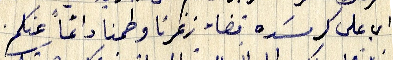
اي على كرمسَده قضاء زغرتا وطمنا دائماً عنكم.